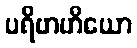
ပရိဗာဟိယော